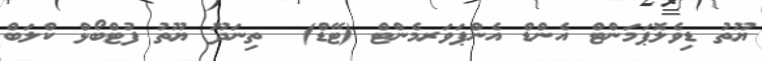
ޔޫތު ޑިވެލޮޕަމަންޓް އެންޑް އެންޕަވަރމެންޓް (ޓޭޑް)  ތިނަދޫ ޔޫތު ފުޓްބޯޅް ކްލަބް